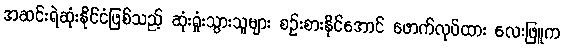
အဆင်းရဲဆုံးနိုင်ငံဖြစ်သည့် ဆုံးရှုံးသွားသူများ စဉ်းစားနိုင်အောင် ဖောက်လုပ်ထား လေးဖြူက